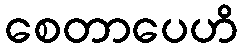
စေတာပေဟိ